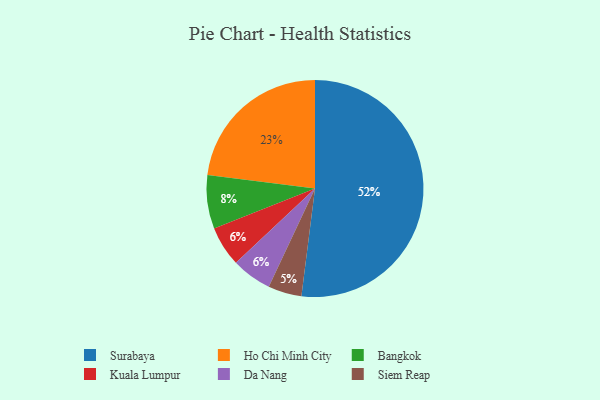
{"axis": {"x": "Category", "y": "Percentage"}, "legend": ["Bangkok", "Da Nang", "Ho Chi Minh City", "Kuala Lumpur", "Siem Reap", "Surabaya"], "data": [{"x": "Kuala Lumpur", "y": 6, "type": "Kuala Lumpur"}, {"x": "Bangkok", "y": 8, "type": "Bangkok"}, {"x": "Siem Reap", "y": 5, "type": "Siem Reap"}, {"x": "Da Nang", "y": 6, "type": "Da Nang"}, {"x": "Ho Chi Minh City", "y": 23, "type": "Ho Chi Minh City"}, {"x": "Surabaya", "y": 52, "type": "Surabaya"}]}